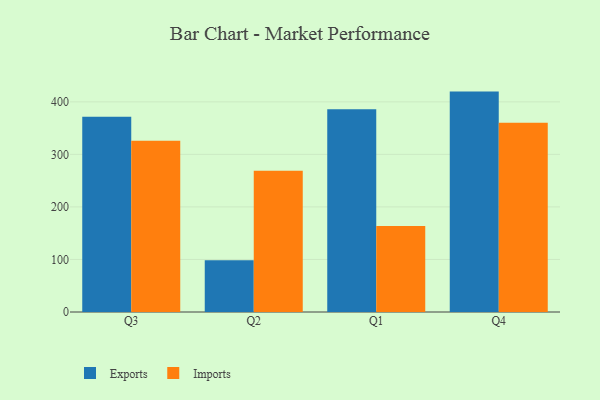
{"axis": {"x": "Quarter", "y": "Customer Acquisition Cost (USD)"}, "legend": ["Exports", "Imports"], "data": [{"x": "Q3", "y": 371.6, "type": "Exports"}, {"x": "Q3", "y": 326.0, "type": "Imports"}, {"x": "Q2", "y": 98.5, "type": "Exports"}, {"x": "Q2", "y": 269.0, "type": "Imports"}, {"x": "Q1", "y": 385.9, "type": "Exports"}, {"x": "Q1", "y": 163.6, "type": "Imports"}, {"x": "Q4", "y": 419.5, "type": "Exports"}, {"x": "Q4", "y": 360.4, "type": "Imports"}]}